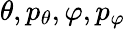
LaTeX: \theta,p_{\theta},\varphi,p_{\varphi}